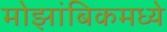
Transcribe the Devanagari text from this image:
मोझांबिकमध्ये